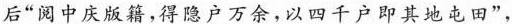
后“阅中庆版籍，得隐户万余，以四千户即其地屯田”，